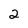
Character: 2